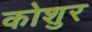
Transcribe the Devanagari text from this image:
कोशुर